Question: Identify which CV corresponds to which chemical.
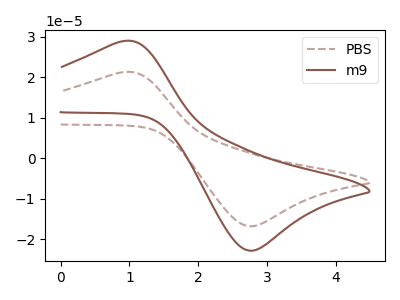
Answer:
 <answer>The brown dashed curve is labeled "PBS". The brown curve is labeled "m9".</answer>
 <eval></eval>